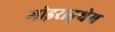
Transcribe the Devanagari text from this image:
मोइराङ्थेम